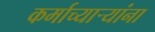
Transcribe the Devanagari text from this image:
कर्माच्यार्‍यांना